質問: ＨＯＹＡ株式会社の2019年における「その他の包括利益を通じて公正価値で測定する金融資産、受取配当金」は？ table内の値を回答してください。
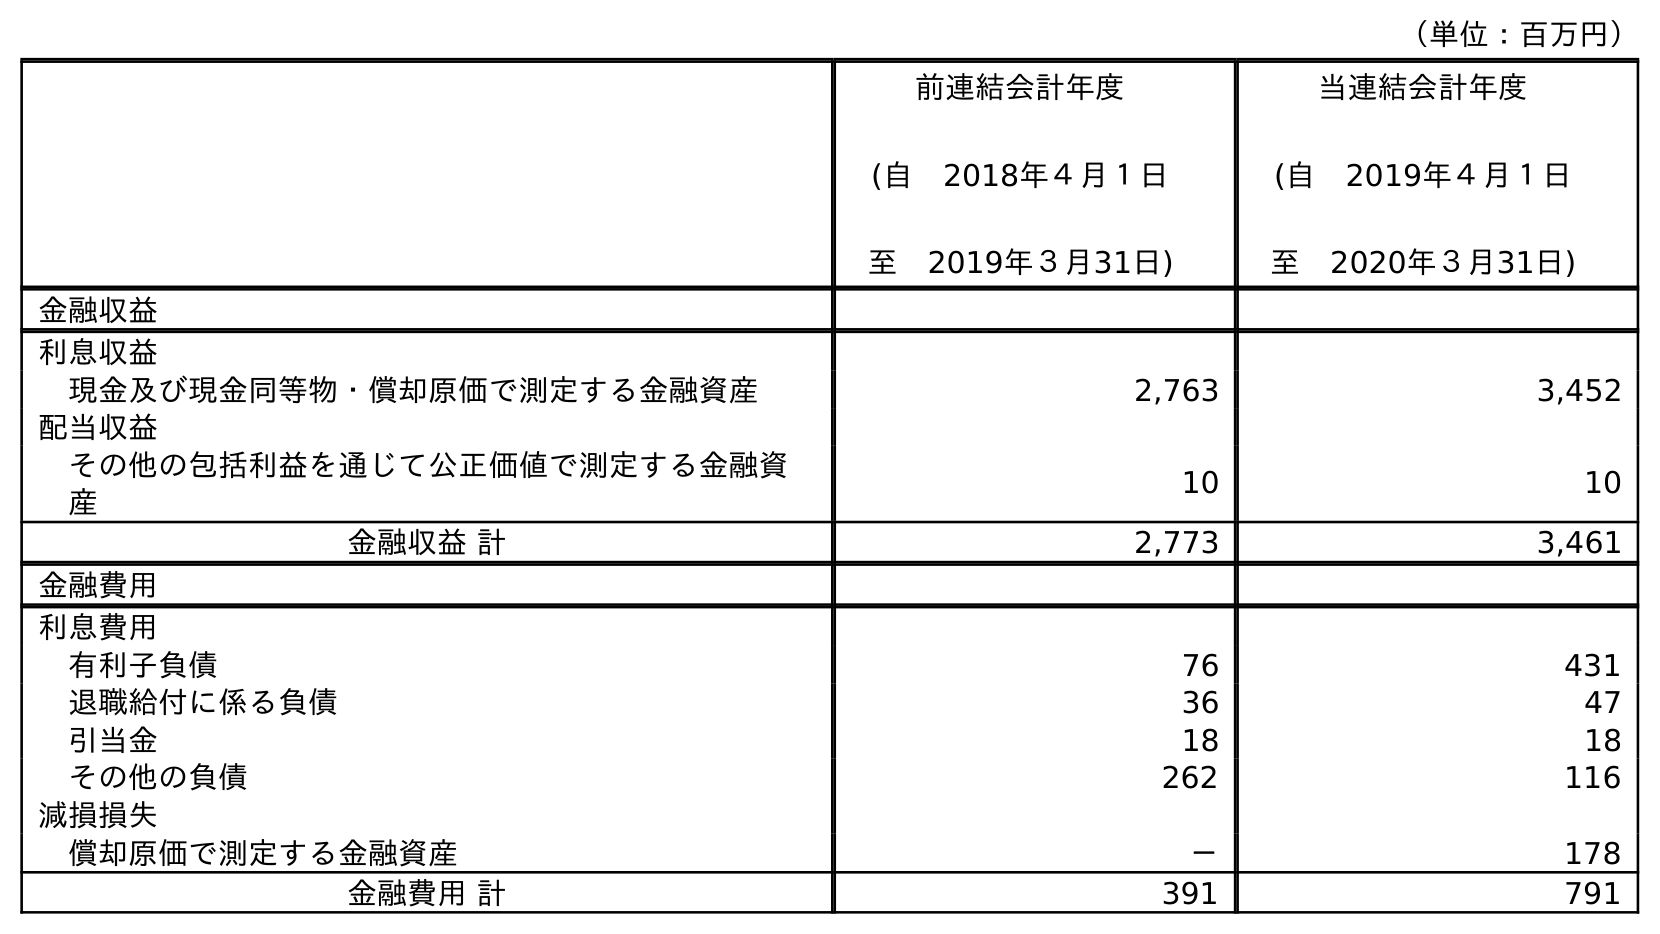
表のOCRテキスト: （単位：百万円） 前連結会計年度 (自 2018年４月１日 至 2019年３月31日) 当連結会計年度 (自 2019年４月１日 至 2020年３月31日) 金融収益 利息収益 現金及び現金同等物・償却原価で測定する金融資産 2,763 3,452 配当収益 その他の包括利益を通じて公正価値で測定する金融資 産 10 10 金融収益 計 2,773 3,461 金融費用 利息費用 有利子負債 76 431 退職給付に係る負債 36 47 引当金 18 18 その他の負債 262 116 減損損失 償却原価で測定する金融資産 － 178 金融費用 計 391 791
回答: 10